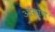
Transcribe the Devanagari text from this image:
ओमाण